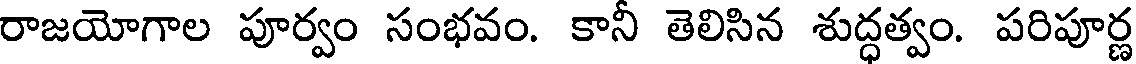
రాజయోగాల పూర్వం సంభవం. కానీ తెలిసిన శుద్ధత్వం. పరిపూర్ణ